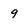
Character: 9